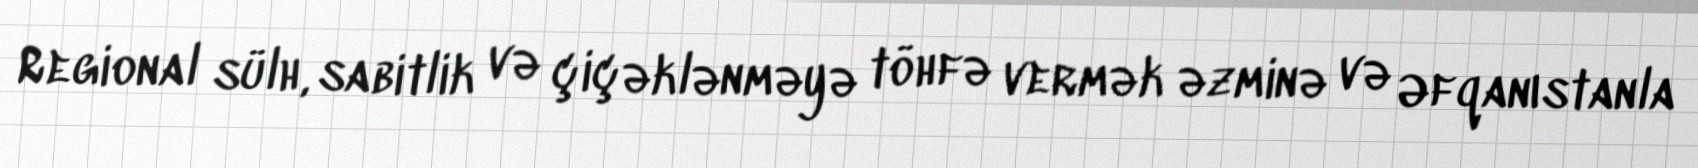
Regional sülh, sabitlik və çiçəklənməyə töhfə vermək əzminə və Əfqanıstanla